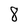
Character: 8